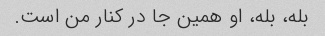
بله، بله، او همین جا در کنار من است.